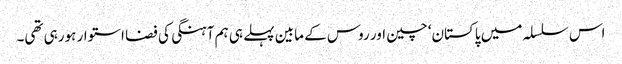
اس سلسلہ میں پاکستان‘ چین اور روس کے مابین پہلے ہی ہم آہنگی کی فضا استوار ہورہی تھی۔